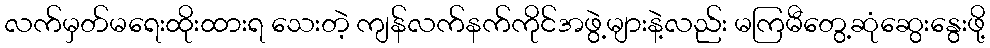
လက်မှတ်မရေးထိုးထားရ သေးတဲ့ ကျန်လက်နက်ကိုင်အဖွဲ့များနဲ့လည်း မကြမီတွေ့ဆုံဆွေးနွေးဖို့